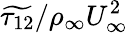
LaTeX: \widetilde{\tau_{12}}/\rho_{\infty}U_{\infty}^{2}